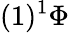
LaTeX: (1)^{1}\Phi